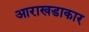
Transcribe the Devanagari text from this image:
आराखडाकार